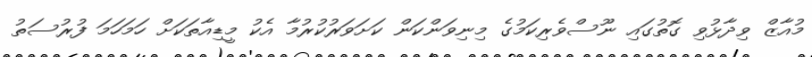
މުއާޒް ވިދާޅުވި ގޮތުގައި ނޫސްވެރިކަމުގެ މިނިވަންކަން ކަށަވަރުކުރުމާ އެކު މީޑިއާތަކަށް ހަމަހަމަ ފުރުސަތު